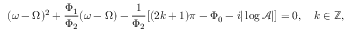
( \omega - \Omega ) ^ { 2 } + \frac { \Phi _ { 1 } } { \Phi _ { 2 } } ( \omega - \Omega ) - \frac { 1 } { \Phi _ { 2 } } [ ( 2 k + 1 ) \pi - \Phi _ { 0 } - i | \log \mathcal { A } | ] = 0 , \quad k \in \mathbb { Z } ,